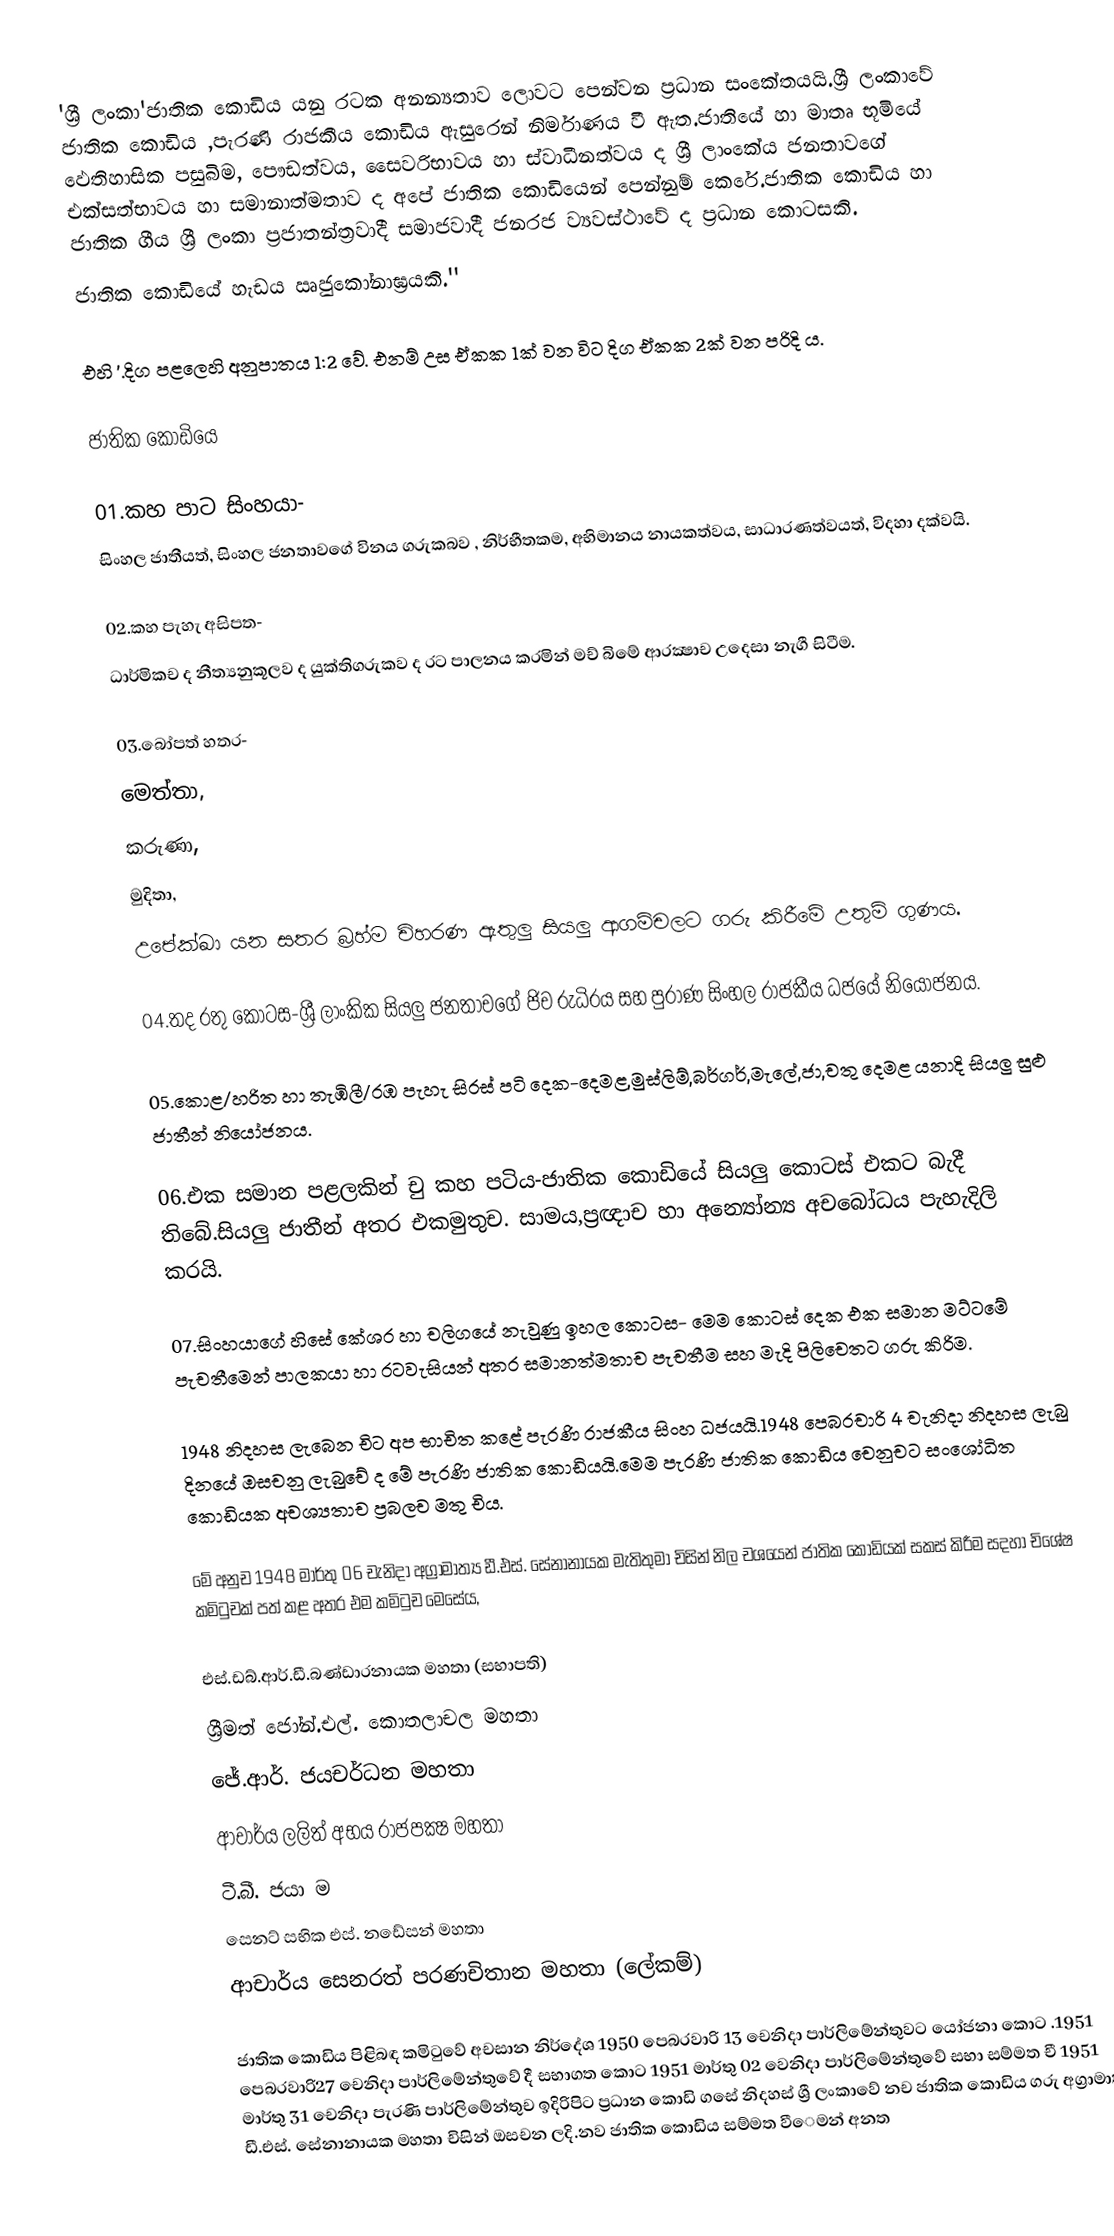
'ශ්‍රී ලංකා'ජාතික කොඩිය යනු රටක අනන්‍යතාව ලොවට පෙන්වන ප්‍රධාන සංකේතයයි.ශ්‍රී ලංකාවේ ජාතික කොඩිය ,පැරණි රාජකීය කොඩිය ඇසුරෙන් නිර්මාණය වී ඇත.ජාතියේ හා මාතෘ භූමියේ ඵෙතිහාසික  පසුබිම, පෞඩත්වය, සෛවරිභාවය හා ස්වාධීනත්වය ද ශ්‍රී ලාංකේය ජනතාවගේ එක්සත්භාවය හා සමානාත්මතාව ද අපේ ජාතික කොඩියෙන් පෙන්නුම් කෙරේ.ජාතික කොඩිය හා ජාතික ගීය ශ්‍රී  ලංකා ප්‍රජාතන්ත්‍රවාදී සමාජවාදී ජනරජ ව්‍යවස්ථාවේ ද ප්‍රධාන කොටසකි.
ජාතික කොඩියේ හැඩය ඍජුකෝනාඝ්‍රයකි.''

එහි '.දිග පළ‍ලෙහි අනුපාතය 1:2 වේ. එනම් උස ඒකක 1ක් වන විට දිග ඒකක 2ක් වන පරිදි ය.

ජාතික කොඩියෙ

01.කහ පාට සිංහයා-
සිංහල ජාතීයත්, සිංහල ජනතාවගේ විනය ගරුකබව , නිර්භීතකම, අභිමානය නායකත්වය, සාධාරණත්වයත්, විදහා දක්වයි.

02.කහ පැහැ අසිපත-
ධාර්මිකච ද නීත්‍යනුකූලව ද යුක්තිගරුකව ද රට පාලනය කරමින් මච් බිමේ ආරක්‍ෂාච උදෙසා නැගී සිටීම.

03.බෝපත් හතර-
මෙත්තා,
කරුණා,
මුදිතා,
උපේක්ඛා යන සතර බ්‍රහ්ම චිහරණ ඇතුලු සියලු ආගම්චලට ගරු කිරීමේ උතුම් ගුණය.

04.තද රතු කොටස-ශ්‍රී ලාංකික සියලු ජනතාචගේ ජිච රුධිරය සහ පුරාණ සිංහල රාජකීය ධජයේ නියෝජනය.

05.කොළ/හරිත හා තැඹිලී/රඹ  පැහැ සිරස් පටි දෙක-දෙමළ,මුස්ලිම්,බර්ගර්,මැලේ,ජා,චතු දෙමළ යනාදි සියලු සුළු ජාතීන් නියෝජනය.

06.එක සමාන පළලකින් චු කහ පටිය-ජාතික කොඩියේ සියලු කොටස්  එකට බැදී ති‍බේ.සියලු ජාතීන් අතර  එකමුතුච. සාමය,ප්‍රඥාච හා       අන්‍යෝන්‍ය අචබෝධය පැහැදිලි කරයි.

07.සිංහයාගේ  හිසේ කේශර හා චලිගයේ නැවුණු ඉහල කොටස- මෙම කොටස් දෙක එක සමාන මට්ටමේ පැචතීමෙන්  පාලකයා හා  රටවැසියන්       අතර සමානත්මතාච  පැචතීම සහ මැදි පිලිචෙතට ගරු කිරිම.

1948 නිදහස ලැබෙන චිට අප භාචිත කළේ පැරණි රාජකීය  සිංහ ධජයයි.1948 පෙබරචාරි 4 චැනිදා  නිදහස ලැබු දිනයේ ඔසචනු ලැබුචේ ද මේ පැරණි ජාතික කොඩියයි.මෙම පැරණි ජාතික කොඩිය චෙනුචට සංශෝධිත ‍කොඩියක අචශ්‍යතාච ප්‍රබලච මතු චිය.

මේ අනුච 1948 මාර්තු 06 චැනිදා අග්‍රාමාත්‍ය ඩී.එස්. සේනානායක මැතිතුමා චිසින් නිල චශයෙන් ජාතික කොඩියක්  සකස් කිරීම සදහා චිශේෂ කමිටුචක්  පත් කළ අතර එම කමිටුච මෙසේය,

 එස්.ඩබ්.ආර්.ඩී.බණ්ඩාරනායක මහතා  (සභාපති)
 ශ්‍රීමත් ‍ජෝන්.එල්. කොතලාචල මහතා
 ජේ.ආර්. ජයචර්ධන මහතා
 ආචාර්ය ලලිත් අභය රාජපක්‍ෂ මහතා
 ටී.බී. ජයා ම
 සෙනට් සභික එස්. නඩේසන් මහතා
 ආචාර්ය සෙනරත් පරණචිතාන මහතා  (ලේකම්)

ජාතික කොඩිය පිළිබඳ කමිටුවේ අචසාන නිර්දේශ 1950 පෙබරවාරි 13 චෙනිදා පාර්ලිමේන්තුවට යෝජනා කොට .1951 ‍පෙබරවාරි27 චෙනිදා  පාර්ලිමේන්තු‍වේ දී සභාගත කොට 1951 මාර්තු 02 වෙනිදා   පාර්ලිමේන්තුවේ සභා සම්මත චී 1951 මාර්තු 31 චෙනිදා පැරණි පාර්ලිමේන්තුච ඉදිරිපිට ප්‍රධාන කොඩි ගසේ නිදහස්  ශ්‍රී ලංකාවේ නච ජාතික ‍කොඩිය ගරු අග්‍රාමාත්‍ය ඩී.එස්. සේනානායක මහතා චිසින් ඔසචන ලදි.නව ජාතික කොඩිය සම්මත වීෙමන් අනත